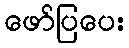
ဖော်ပြပေး